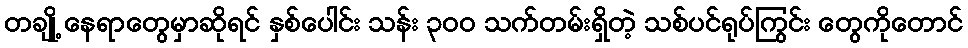
တချို့ နေရာတွေမှာဆိုရင် နှစ်ပေါင်း သန်း ၃၀၀ သက်တမ်းရှိတဲ့ သစ်ပင်ရုပ်ကြွင်း တွေကိုတောင်